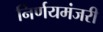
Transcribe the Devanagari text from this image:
निर्णयमंजरी